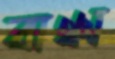
বাঞ্চা